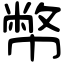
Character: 幣